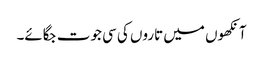
آنکھوں میں تاروں کی سی جوت جگائے۔